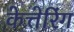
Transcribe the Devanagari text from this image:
केत्तेरिंग